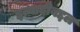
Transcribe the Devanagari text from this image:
इत्यादीबद्दल